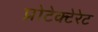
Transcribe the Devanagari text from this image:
प्रोटेक्टेरेट